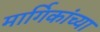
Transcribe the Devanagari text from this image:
मार्गिकांच्या